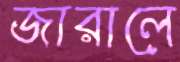
জারালে